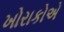
ખોરાકોએ